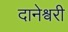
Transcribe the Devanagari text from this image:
दानेश्वरी